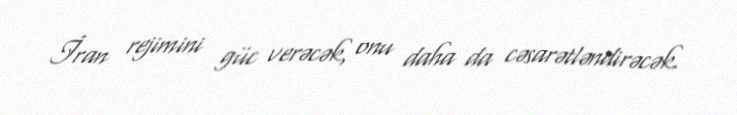
İran rejimini güc verəcək, onu daha da cəsarətləndirəcək.